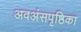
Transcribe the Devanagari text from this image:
अवअंसपृष्ठिका